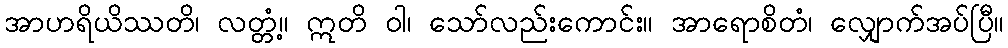
အာဟရိယိဿတိ၊ လတ္တံ့။ ဣတိ ဝါ၊ သော်လည်းကောင်း။ အာရောစိတံ၊ လျှောက်အပ်ပြီ။